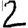
Digit: 2